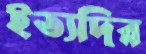
ইত্যদির